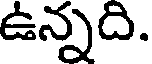
ఉన్నది.